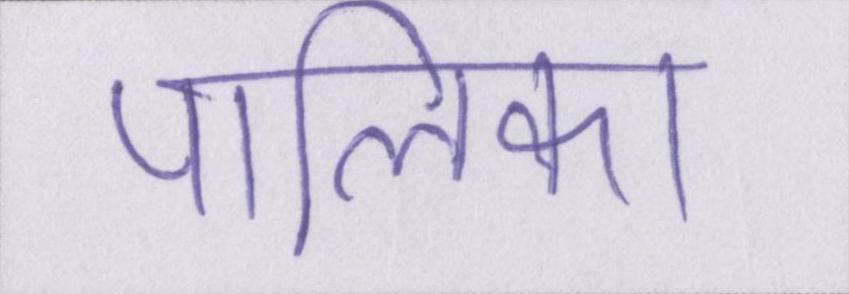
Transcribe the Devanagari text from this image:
पालिका